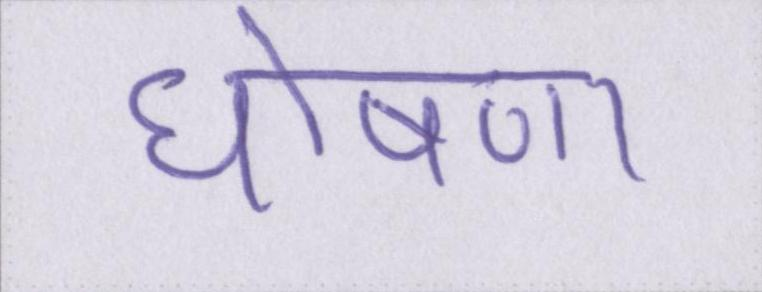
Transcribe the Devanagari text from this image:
घोषणा